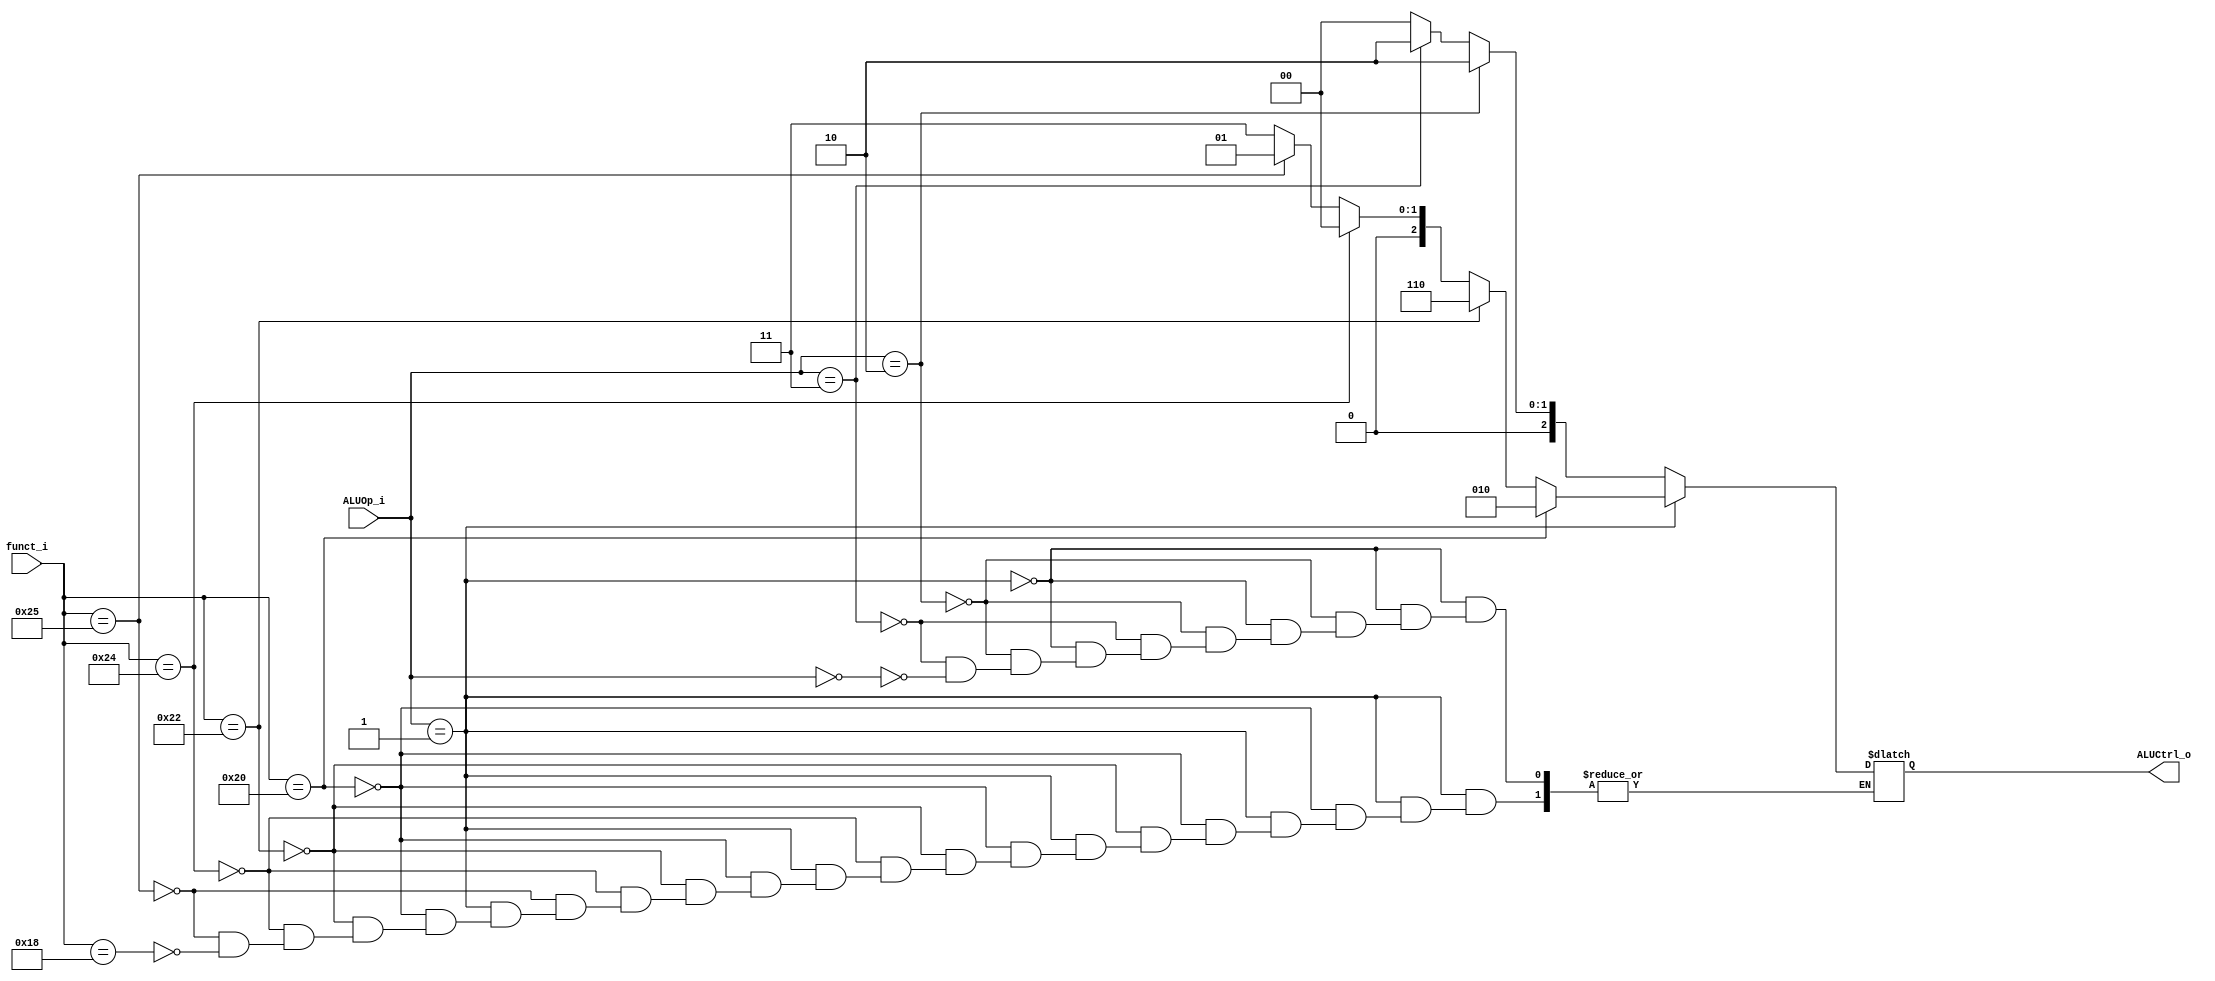
module ALU_Control
(
	funct_i,
	ALUOp_i,
	ALUCtrl_o
);

input	[5:0]	funct_i;
input	[1:0]	ALUOp_i;
output	[2:0]	ALUCtrl_o;

reg	ALUCtrl_o;

/*
000 = and
001 = or
010 = add
110 = sub

011 = mul
*/

always@(*) begin

if(ALUOp_i == 2'd1) begin //R-type
	if(funct_i == 6'b100000)
		ALUCtrl_o = 3'b010;
	else if(funct_i == 6'b100010)
		ALUCtrl_o = 3'b110;
	else if(funct_i == 6'b100100)
		ALUCtrl_o = 3'b000;
	else if(funct_i == 6'b100101)
		ALUCtrl_o = 3'b001;
	else if(funct_i == 6'b011000)
		ALUCtrl_o = 3'b011;
end
else if(ALUOp_i == 2'd2) //I-type(add)
	ALUCtrl_o = 3'b010;
else if(ALUOp_i == 2'd3) //lw, sw(add)
	ALUCtrl_o = 3'b010;
else if(ALUOp_i == 2'd0) //J-type(do nothing, default to "and")
	ALUCtrl_o = 3'b000;

end

endmodule